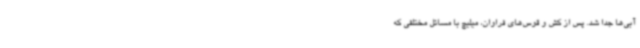
آبی‌ها جدا شد. پس از کش و قوس‌های فراوان، میلیچ با مسائل مختلفی که